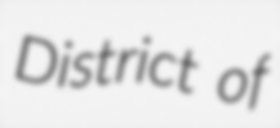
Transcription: District of